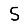
Digit: 5